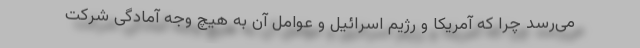
می‌رسد چرا که آمریکا و رژیم اسرائیل و عوامل آن به هیچ وجه آمادگی شرکت